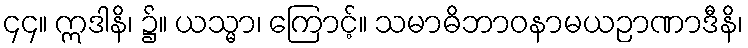
၄၄။ ဣဒါနိ၊ ၌။ ယသ္မာ၊ ကြောင့်။ သမာဓိဘာဝနာမယဉာဏာဒီနိ၊